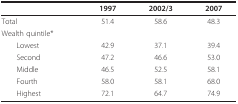
<table><thead><tr><td></td><td><b>1997</b></td><td><b>2002/3</b></td><td><b>2007</b></td></tr></thead><tbody><tr><td>Total</td><td>51.4</td><td>58.6</td><td>48.3</td></tr><tr><td>Wealth quintile*</td><td></td><td></td><td></td></tr><tr><td> Lowest</td><td>42.9</td><td>37.1</td><td>39.4</td></tr><tr><td> Second</td><td>47.2</td><td>46.6</td><td>53.0</td></tr><tr><td> Middle</td><td>46.5</td><td>52.5</td><td>58.1</td></tr><tr><td> Fourth</td><td>58.0</td><td>58.1</td><td>68.0</td></tr><tr><td> Highest</td><td>72.1</td><td>64.7</td><td>74.9</td></tr></tbody></table>